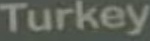
Turkey